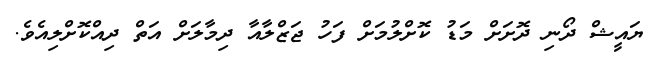
ޔައީޝް ދޯނި ދޮށަށް މަޑު ކޮށްލުމަށް ފަހު ޖަޒްލާއާ ދިމާލަށް އަތް ދިއްކޮށްލިއެވެ.